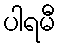
ပါရမီ